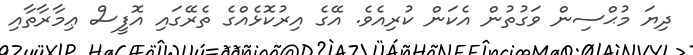
ދިޔަ މުޙްސިން ވަގުތުން އެކަން ކުރިއެވެ. އޭގެ އިރުކޮޅެއްގެ ތެރޭގައި އޮފީސް ޢިމާރާތާއި